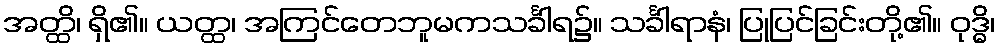
အတ္ထိ၊ ရှိ၏။ ယတ္ထ၊ အကြင်တေဘူမကသင်္ခါရ၌။ သင်္ခါရာနံ၊ ပြုပြင်ခြင်းတို့၏။ ဝုဒ္ဓိ၊